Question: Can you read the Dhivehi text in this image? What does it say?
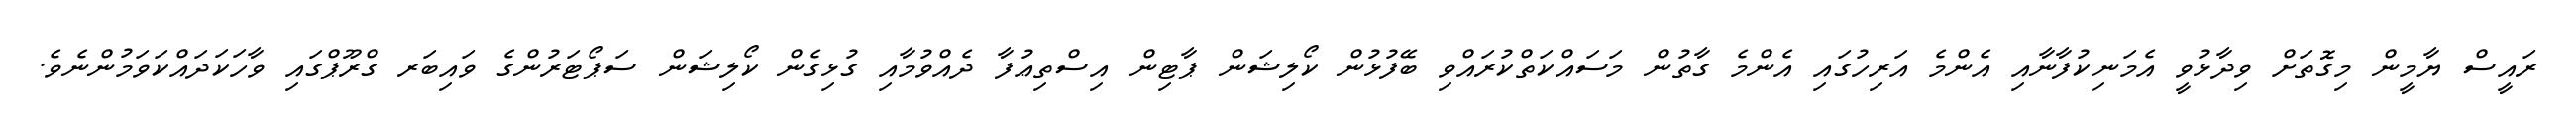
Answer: ރައީސް ޔާމީން މިގޮތަށް ވިދާޅުވީ އެމަނިކުފާނާއި އެންމެ އަރިހުގައި އެންމެ ގާތުން މަސައްކަތްކުރައްވި ބޭފުޅުން ކޯލިޝަން ޕާޓިން އިސްތިޢުފާ ދެއްވުމާއި ގުޅިގެން ކޯލިޝަން ސަޕޯޓަރުންގެ ވައިބަރ ގްރޫޕްގައި ވާހަކަދައްކަވަމުންނެވެ.